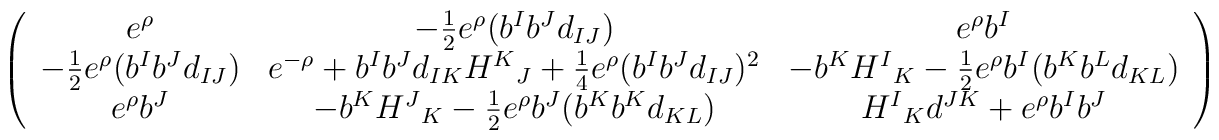
\left( \begin{array}{ccc}e^\rho & -{1\over 2}e^\rho (b^I b^J d_{IJ}) & e^\rho b^I \\-{1\over 2}e^\rho (b^I b^J d_{IJ}) &  e^{-\rho} + b^I b^J d_{IK} {H^K}_J + {1\over 4}e^\rho (b^I b^J d_{IJ})^2 &-b^K {H^I}_K - {1\over 2}e^\rho b^I (b^K b^L d_{KL}) \\e^\rho b^J & -b^K {H^J}_K -{1\over 2} e^\rho b^J (b^K b^K d_{KL}) &{H^I}_K d^{JK} + e^\rho b^I b^J \\\end{array} \right)